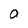
Character: N